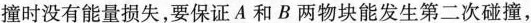
撞时没有能量损失，要保证A和B两物块能发生第二次碰撞，